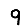
Digit: 9